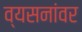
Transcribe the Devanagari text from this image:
व्यसनांवर